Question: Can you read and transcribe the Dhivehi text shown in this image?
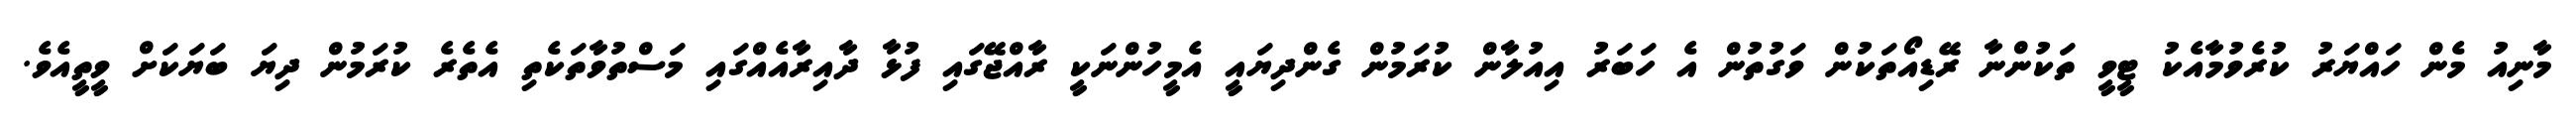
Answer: މާނިއު މެން ހައްޔަރު ކުރެވުމާއެކު ޓީވީ ތަކުންނާ ރޭޑިއޯތަކުން ވަގުތުން އެ ހަބަރު އިއުލާން ކުރަމުން ގެންދިޔައީ އެމީހުންނަކީ ރާއްޖޭގައި ފުޅާ ދާއިރާއެއްގައި މަސްތުވާތަކެތި އެތެރެ ކުރަމުން ދިޔަ ބަޔަކަށް ވީތީއެވެ.